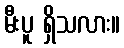
မီးပူ ရှိသလား။